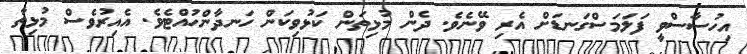
އިހުސާސްވީ ފަލަމަސްގަނޑަށް އެރި ވޭނެވެ. ދެން މުޅިތަން ކަޅުވިކަން ހަނދާންހުއްޓެވެ. އެއިރުވެސް މުޅިތާ